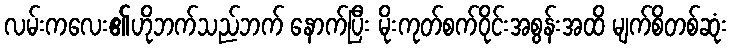
လမ်းကလေး၏ဟိုဘက်သည်ဘက် နောက်ပြီး မိုးကုတ်စက်ဝိုင်းအစွန်းအထိ မျက်စိတစ်ဆုံး